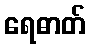
ရေဓာတ်